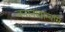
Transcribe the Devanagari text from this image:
जनानखान्यास